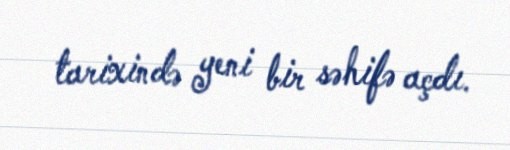
tarixində yeni bir səhifə açdı.